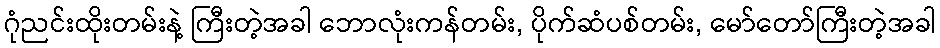
ဂုံညင်းထိုးတမ်းနဲ့ ကြီးတဲ့အခါ ဘောလုံးကန်တမ်း, ပိုက်ဆံပစ်တမ်း, မော်တော်ကြီးတဲ့အခါ